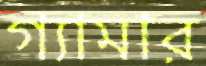
গ্যামার